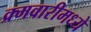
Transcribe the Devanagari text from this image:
क्र्मवारीमध्ये